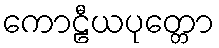
ကောဠီယပုတ္တော